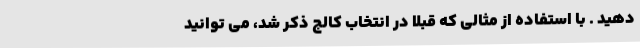
دهید . با استفاده از مثالی که قبلاً در انتخاب کالج ذکر شد، می توانید